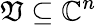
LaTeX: \mathfrak{V}\subseteq\mathbb{{C}}^{n}